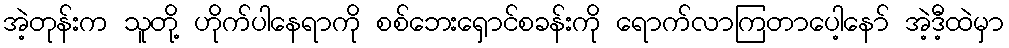
အဲ့တုန်းက သူတို့ ဟိုက်ပါနေရာကို စစ်ဘေးရှောင်စခန်းကို ရောက်လာကြတာပေါ့နော် အဲ့ဒီ့ထဲမှာ